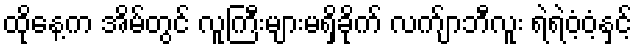
ထိုနေ့က အိမ်တွင် လူကြီးများမရှိခိုက် လက်ျာဘီလူး ရဲရဲဝံ့ဝံ့နှင့်